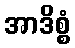
အာဒိစ္စံ